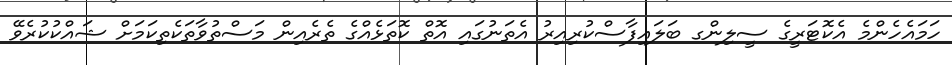
ހަމައެހެންމެ އެކޮޓަރީގެ ސީލިންގ ބަލައިފާސްކުރިއިރު އެތަނުގައި އޮތް ކޮތަޅެއްގެ ތެރެއިން މަސްތުވާތަކެތިކަމަށް ޝައްކުކުރެވޭ